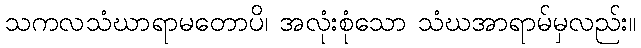
သကလသံဃာရာမတောပိ၊ အလုံးစုံသော သံဃအာရာမ်မှလည်း။